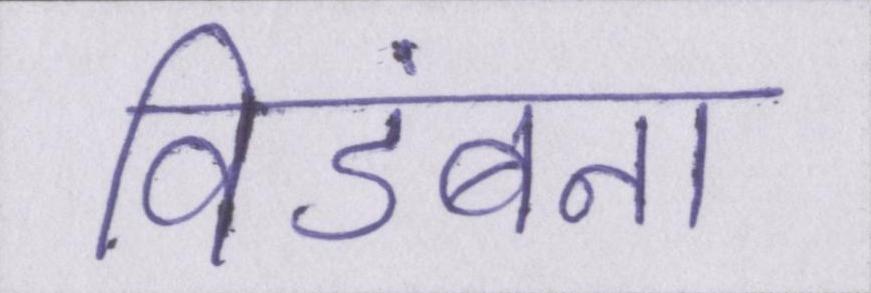
विडंबना